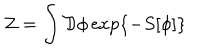
LaTeX: { \cal Z } = \int { \cal D } \phi \exp \left\{ - S [ \phi ] \right\}